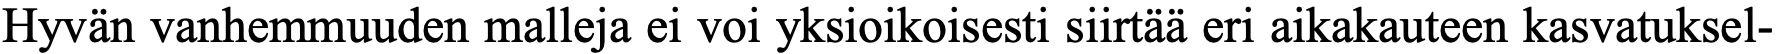
Hyvän vanhemmuuden malleja ei voi yksioikoisesti siirtää eri aikakauteen kasvatuksel-